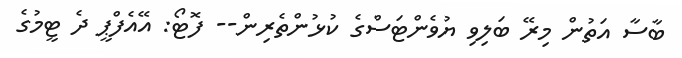
ބާސާ އަތުން މިރޭ ބަލިވި ޔުވެންޓަސްގެ ކުޅުންތެރިން-- ފޮޓޯ: އޭއެފްޕީ ދެ ޓީމުގެ